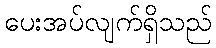
ပေးအပ်လျက်ရှိသည်